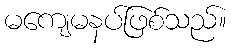
မကျေမနပ်ဖြစ်သည်။